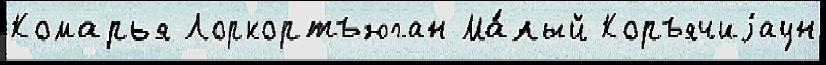
Комарья Лоркортъюган Ма́лый Коръячиjаун